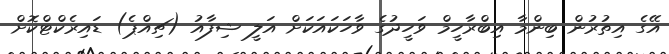
އޭގެ އިތުރުން ބިންމާ އިބްރާހީމް ވަހީދުގެ ވާހަކައަކަށް އަލީ ޝިފާއު (ޗިއްޕެ) ޑައިރެކްޓްކޮށް